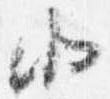
北